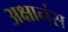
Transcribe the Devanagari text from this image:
अक्षानंस